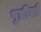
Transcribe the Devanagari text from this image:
पुत्रीयां